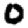
Digit: 0